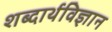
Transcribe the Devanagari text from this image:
शब्दार्थविज्ञान